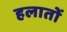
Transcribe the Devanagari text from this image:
हलातों